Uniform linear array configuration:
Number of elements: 8
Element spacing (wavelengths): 0.25
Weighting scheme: cosine
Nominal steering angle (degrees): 15
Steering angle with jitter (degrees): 14.002
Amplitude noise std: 0.05
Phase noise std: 0.05

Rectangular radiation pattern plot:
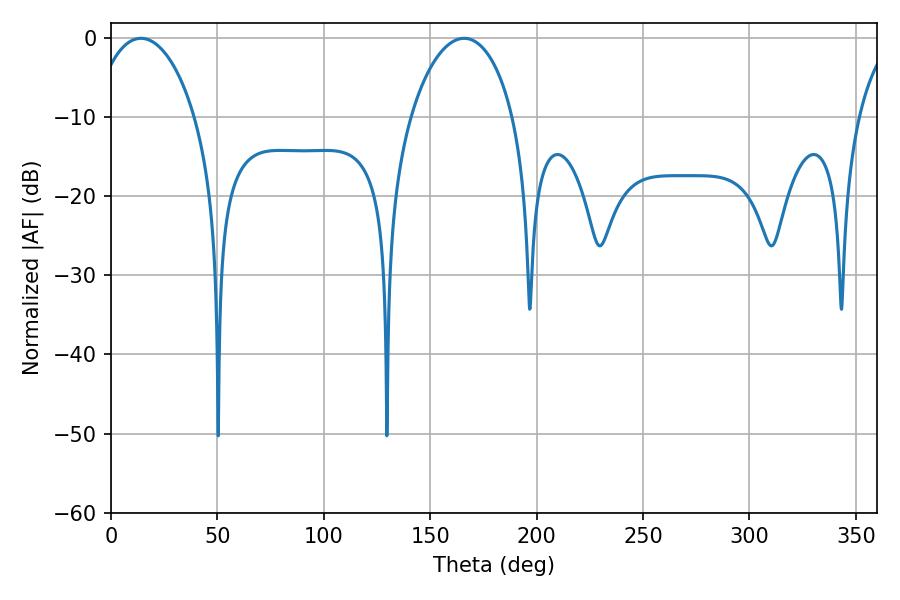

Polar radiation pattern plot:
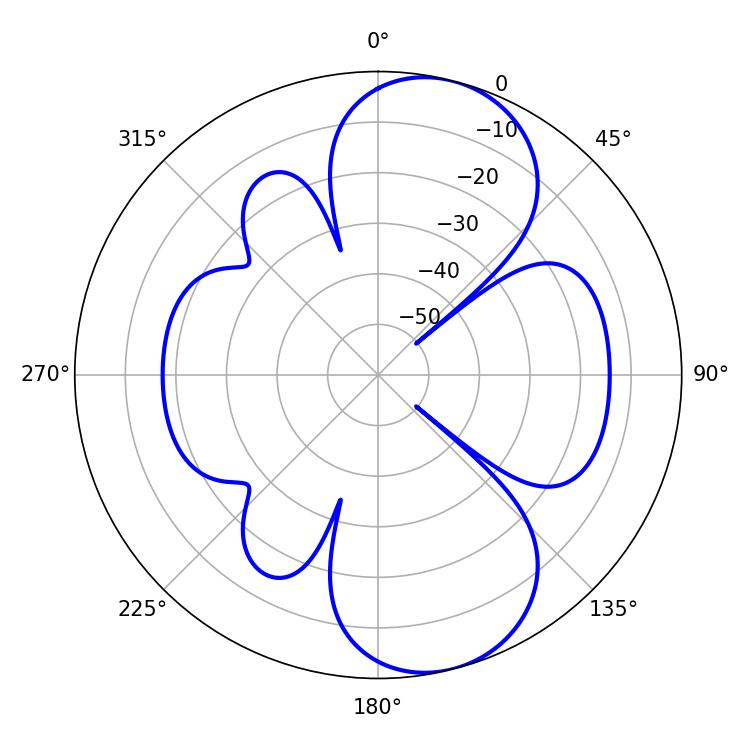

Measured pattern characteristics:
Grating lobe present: FALSE
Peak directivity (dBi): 8.866
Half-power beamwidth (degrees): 27.54
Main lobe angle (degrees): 14.04